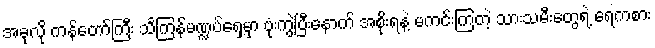
အခုလို ကန်တော်ကြီး သင်္ကြန်မဏ္ဍပ်ရှေ့မှာ ဗုံးကွဲပြီးနောက် အစိုးရနဲ့ မကင်းကြတဲ့ သားသမီးတွေရဲ့ ရေကစား